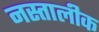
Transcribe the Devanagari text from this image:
नस्तालीक